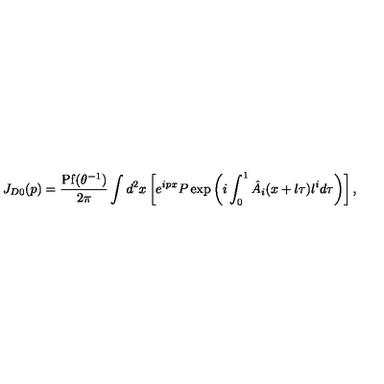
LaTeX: J _ { D 0 } ( p ) = \frac { \mathrm { P f } ( \theta ^ { - 1 } ) } { 2 \pi } \int d ^ { 2 } x \left[ e ^ { i p x } P \exp \left( i \int _ { 0 } ^ { 1 } \hat { A } _ { i } ( x + l \tau ) l ^ { i } d \tau \right) \right] ,